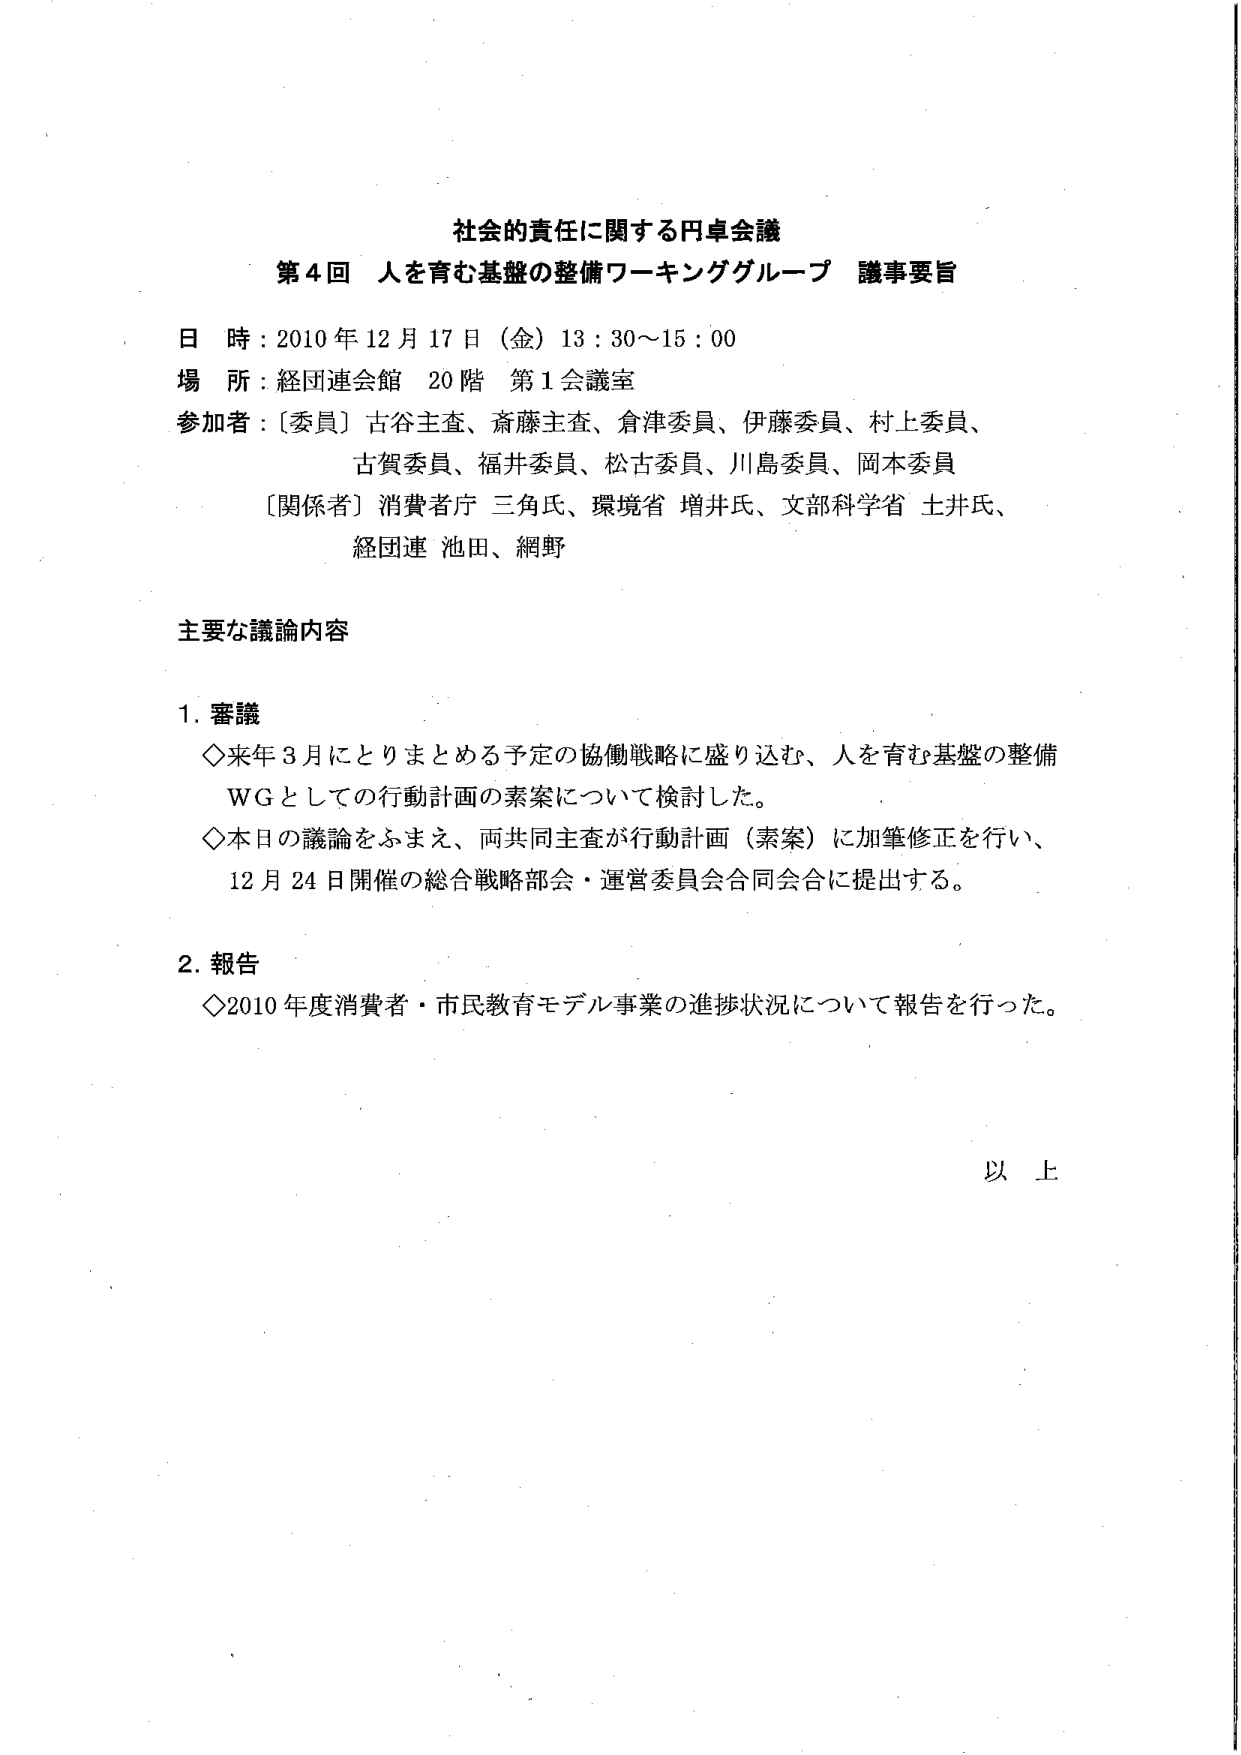
社会的責任に関する円卓会議
第4回 人を育む基盤の整備ワーキンググループ 議事要旨

日 時：2010年12月17日（金）13：30～15：00
場 所：経団連会館 20階 第1会議室
参加者：〔委員〕古谷主査、斎藤主査、倉津委員、伊藤委員、村上委員、
　　　　古賀委員、福井委員、松古委員、川島委員、岡本委員
　　　　〔関係者〕消費者庁 三角氏、環境省 増井氏、文部科学省 土井氏、
　　　　　　　経団連 池田、網野

主要な議論内容

1. 審議
　◇来年3月にとりまとめを予定の協働戦略に盛り込む、人を育む基盤の整備
　　WGとしての行動計画の素案について検討した。
　◇本日の議論をふまえ、両共同主査が行動計画（素案）に加筆修正を行い、
　　12月24日開催の総合戦略部会・運営委員会合同会合に提出する。

2. 報告
　◇2010年度消費者・市民教育モデル事業の進捗状況について報告を行った。

以上